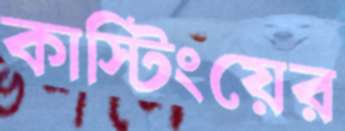
কাস্টিংয়ের